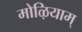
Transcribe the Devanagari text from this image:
मोऴियाम्